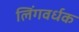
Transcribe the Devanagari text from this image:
लिंगवर्धक